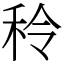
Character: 秢